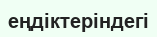
еңдіктеріндегі